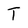
Character: T